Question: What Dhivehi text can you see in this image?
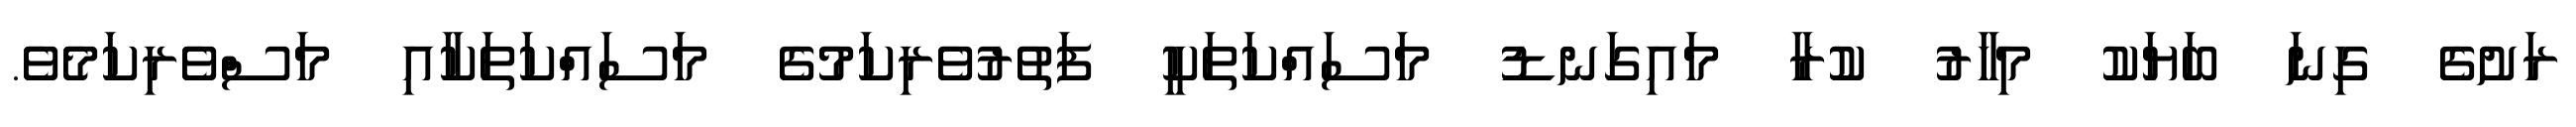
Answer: ރަށުގެ ގިނަ ބަޔަކު މިހާރު ކުރާ މައިގަނޑު މަސައްކަތަކީ ފަތުރުވެރިކަމުގެ މަސައްކަތަކާއި މަސްވެރިކަމެވެ.